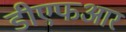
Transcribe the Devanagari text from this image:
डीएफआर